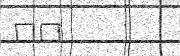
٤٦